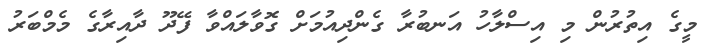
މީގެ އިތުރުން މި އިސްލާހު އަނބުރާ ގެންދިއުމަށް ގޮވާލައްވާ ފޭދޫ ދާއިރާގެ މެމްބަރު